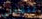
تنقذني